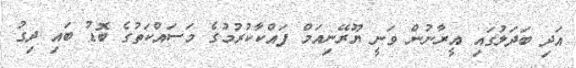
އަދި ބަދަލުގައި އީރާނުން ވަނީ ޔޫރޭނިއަމް ފައްކާކުރުމުގެ މަސައްކަތުގެ ބޮޑު ބައި ދިގު